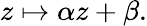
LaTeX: z\mapsto\alpha z+\beta.